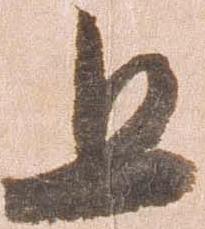
且